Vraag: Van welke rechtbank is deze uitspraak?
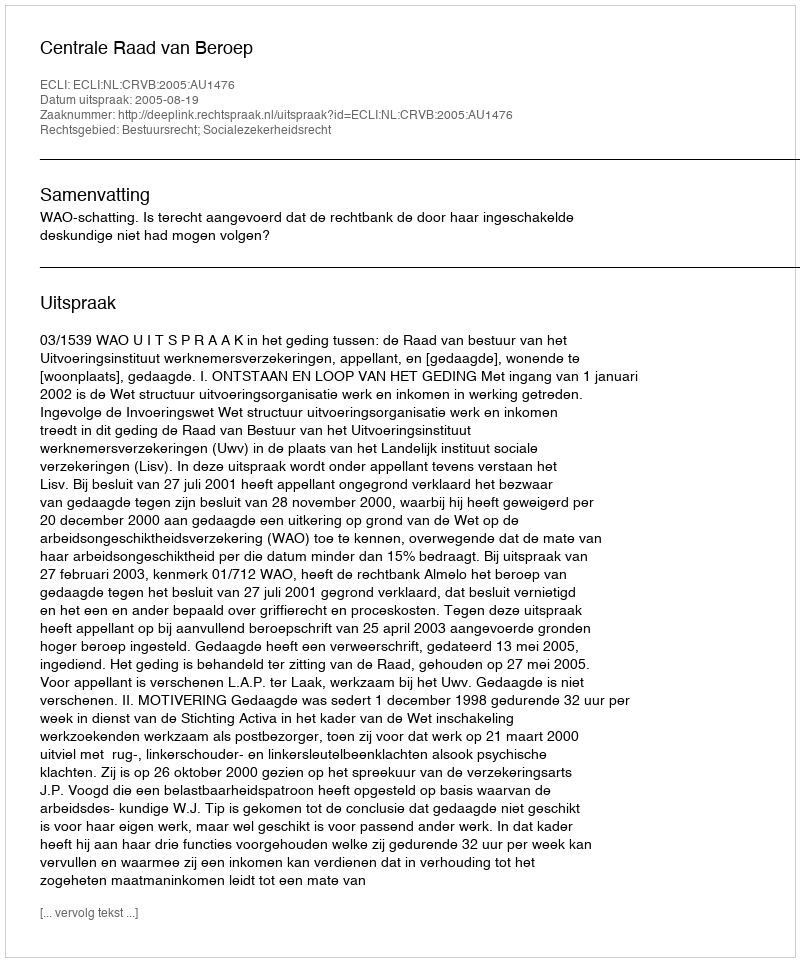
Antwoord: Centrale Raad van Beroep